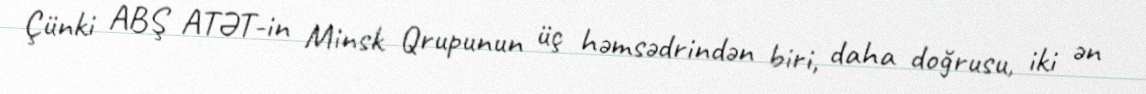
Çünki ABŞ ATƏT-in Minsk Qrupunun üç həmsədrindən biri, daha doğrusu, iki ən